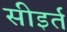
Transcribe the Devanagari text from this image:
सीइर्त